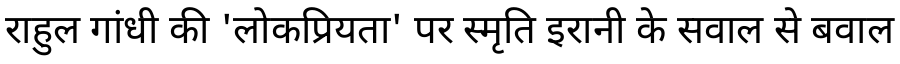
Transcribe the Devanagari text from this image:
राहुल गांधी की 'लोकप्रियता' पर स्मृति इरानी के सवाल से बवाल